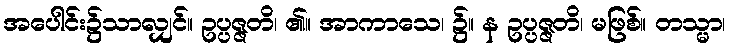
အပေါင်း၌သာလျှင်။ ဥပ္ပဇ္ဇတိ၊ ၏။ အာကာသေ၊ ၌။ န ဥပ္ပဇ္ဇတိ၊ မဖြစ်။ တသ္မာ၊